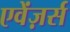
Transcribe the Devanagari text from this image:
एवेंज़र्स